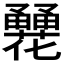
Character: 𤰏